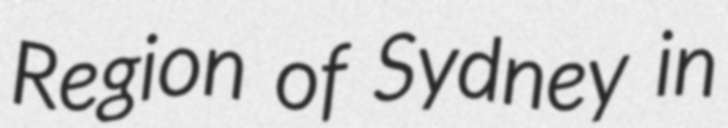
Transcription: Region of Sydney in